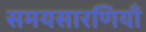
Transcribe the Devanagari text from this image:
समयसारणियाँ